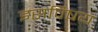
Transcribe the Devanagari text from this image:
इसविषय